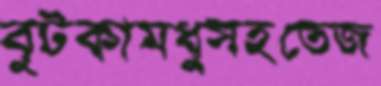
বুটকামধুসহতেজ